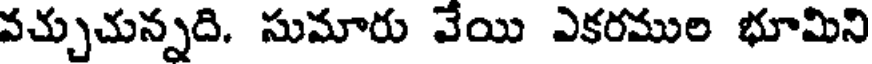
వచ్చుచున్నది. సుమారు వేయి ఎకరముల భూమిని